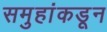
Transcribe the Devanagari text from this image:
समुहांकडून